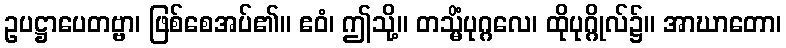
ဥပဋ္ဌာပေတဗ္ဗာ၊ ဖြစ်စေအပ်၏။ ဧဝံ၊ ဤသို့။ တသ္မိံပုဂ္ဂလေ၊ ထိုပုဂ္ဂိုလ်၌။ အာဃာတော၊